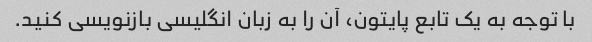
با توجه به یک تابع پایتون، آن را به زبان انگلیسی بازنویسی کنید.